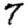
Digit: 7